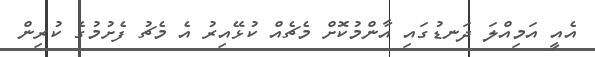
އެއީ އަމިއްލަ ދަނޑުގައި އާންމުކޮށް މެޗެއް ކުޅޭއިރު އެ މެޗު ފެށުމުގެ ކުރިން